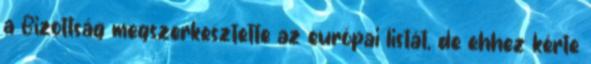
a Bizottság megszerkesztette az európai listát, de ehhez kérte